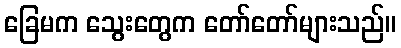
ခြေမက သွေးတွေက တော်တော်များသည်။